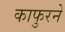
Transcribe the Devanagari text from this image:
काफुरने